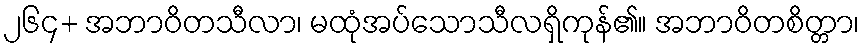
၂၆၄+ အဘာဝိတသီလာ၊ မထုံအပ်သောသီလရှိကုန်၏။ အဘာဝိတစိတ္တာ၊